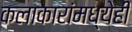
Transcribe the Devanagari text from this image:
कलाकारांमध्येही